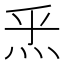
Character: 𤇠